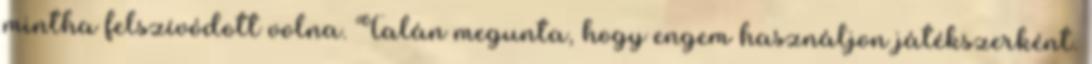
mintha felszívódott volna. Talán megunta, hogy engem használjon játékszerként.